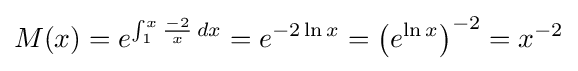
M(x)=e^{\int _{1}^{x}{\frac {-2}{x}}\,dx}=e^{-2\ln x}={\left(e^{\ln x}\right)}^{-2}=x^{-2}